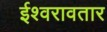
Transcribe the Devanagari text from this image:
ईश्वरावतार